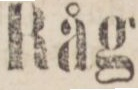
Råg